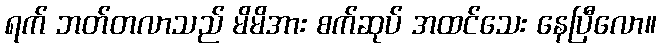
ရက် ဘတ်တလာသည် မိမိအား စက်ဆုပ် အထင်သေး နေပြီလော။